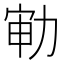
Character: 𱐳